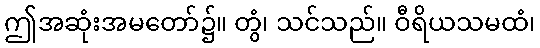
ဤအဆုံးအမတော်၌။ တွံ၊ သင်သည်။ ဝီရိယသမထံ၊